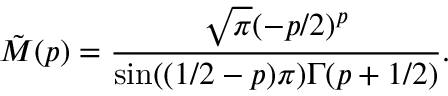
\tilde { M } ( p ) = \frac { \sqrt \pi ( - p / 2 ) ^ { p } } { \sin ( ( 1 / 2 - p ) \pi ) \Gamma ( p + 1 / 2 ) } .